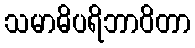
သမာဓိပရိဘာဝိတာ